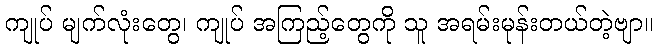
ကျုပ် မျက်လုံးတွေ၊ ကျုပ် အကြည့်တွေကို သူ အရမ်းမုန်းတယ်တဲ့ဗျာ။